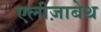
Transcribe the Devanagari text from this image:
एलीज़ाबेथ